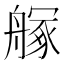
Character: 𦪃